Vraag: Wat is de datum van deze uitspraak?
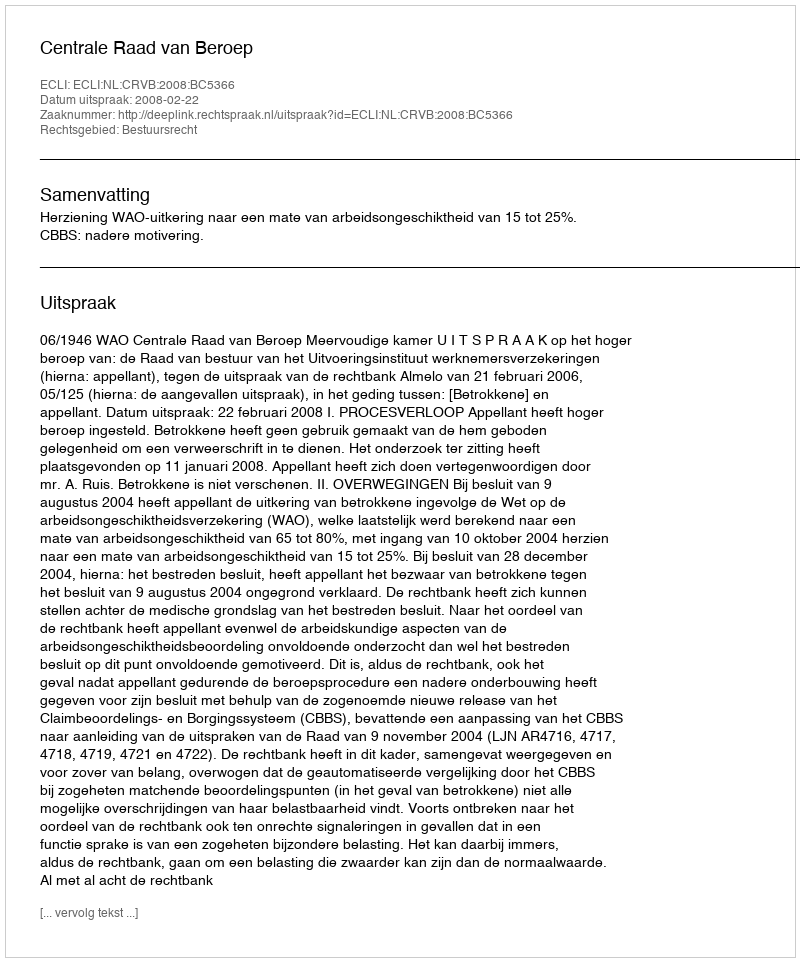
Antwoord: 2008-02-22